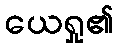
ယေရှု၏